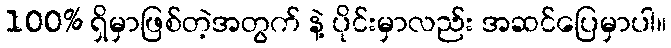
100% ရှိမှာဖြစ်တဲ့အတွက် နဲ့ ပိုင်းမှာလည်း အဆင်ပြေမှာပါ။